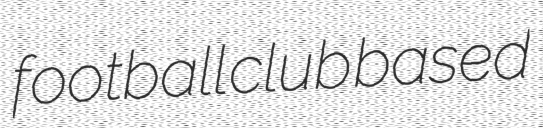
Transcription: football club based